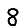
Digit: 8